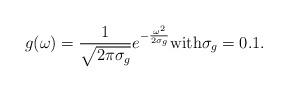
LaTeX: \begin{align*}g(\omega) = \frac{1}{\sqrt{2\pi\sigma_g}} e^{-\frac{\omega^2}{2\sigma_g}} \mbox{with} \sigma_g = 0.1.\end{align*}